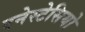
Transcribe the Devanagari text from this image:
एनेस्टेसियो